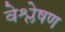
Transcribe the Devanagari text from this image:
वेश्लेषण